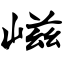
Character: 嵫